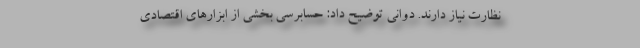
نظارت نیاز دارند. دوانی توضیح داد: حسابرسی بخشی از ابزارهای اقتصادی